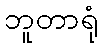
ဘူတာရုံ